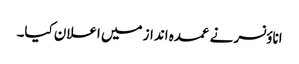
اناؤنسر نے عمدہ انداز میں اعلان کیا۔